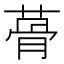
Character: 蓇